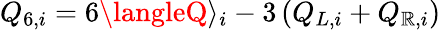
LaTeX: Q_{6,i}=6\langleQ\rangle_{i}-3\left(Q_{L,i}+Q_{\mathbb{R},i}\right)